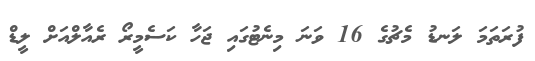
ފުރަތަމަ ލަނޑު މެޗުގެ 16 ވަނަ މިނެޓުގައި ޖަހާ ކަސެމީރޯ ރެއާލްއަށް ލީޑް